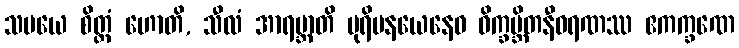
သမယေ စိတ္တံ ဟောတိ, သီလံ အာရဗ္ဘာတိ ပုရိမနယေနေဝ ဝိက္ခမ္ဘိတနီဝရဏဿ ဧကက္ခဏေ